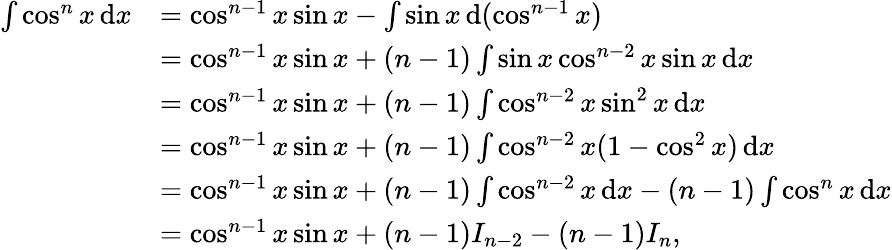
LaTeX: {\begin{array}{rl}{\int\cos^{n}x\, {\mathrm{d}}x}&{=\cos^{n-1}x\sin x-\int\sin x\, {\mathrm{d}}(\cos^{n-1}x)}\\ &{=\cos^{n-1}x\sin x+(n-1)\int\sin x\cos^{n-2}x\sin x\, {\mathrm{d}}x}\\ &{=\cos^{n-1}x\sin x+(n-1)\int\cos^{n-2}x\sin^{2}x\, {\mathrm{d}}x}\\ &{=\cos^{n-1}x\sin x+(n-1)\int\cos^{n-2}x(1-\cos^{2}x)\, {\mathrm{d}}x}\\ &{=\cos^{n-1}x\sin x+(n-1)\int\cos^{n-2}x\, {\mathrm{d}}x-(n-1)\int\cos^{n}x\, {\mathrm{d}}x}\\ &{=\cos^{n-1}x\sin x+(n-1)I_{n-2}-(n-1)I_{n},}\end{array}}